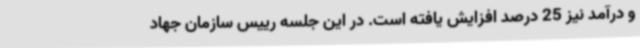
و درآمد نیز 25 درصد افزایش یافته است. در این جلسه رییس سازمان جهاد